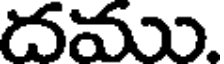
దము.